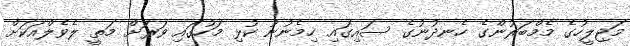
މަޖިލީހުގެ މެމްބަރުންގެ ހެނދުނުގެ ސައިގައި ހިމެނުނު ކުޅި މަހުގައި ވަރަށް މަތީ ލެވެލްއަކަށް